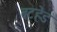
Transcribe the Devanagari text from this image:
बटहेड